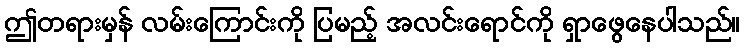
ဤတရားမှန် လမ်းကြောင်းကို ပြမည့် အလင်းရောင်ကို ရှာဖွေနေပါသည်။